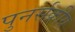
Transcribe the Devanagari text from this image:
पुनर्सक्रीय